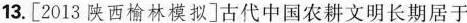
13.[2013陕西榆林模拟]古代中国农耕文明长期居于